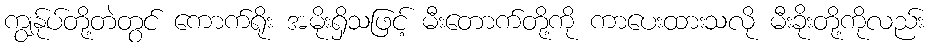
ကျွန်ုပ်တို့တဲတွင် ကောက်ရိုး အမိုးရှိသဖြင့် မီးတောက်တို့ကို ကာပေးထားသလို မီးခိုးတို့ကိုလည်း